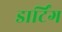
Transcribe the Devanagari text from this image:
डार्टिंग